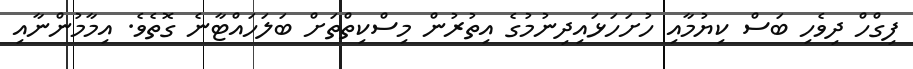
ފިގްހް ދިވެހި ބަސް ކިޔުމާއި ހުށަހަޅައިދިނުމުގެ އިތުރުން މިސްކިތްތަށް ބަލަހައްޓާނެ ގޮތެވެ. އިމާމުންނާއި